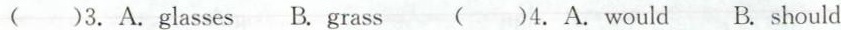
( )3. A.glasses B. grass ( )4.A. Would B. should